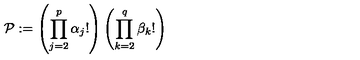
{ \mathcal { P } } : = \left( \prod _ { j = 2 } ^ { p } \alpha _ { j } ! \right) \left( \prod _ { k = 2 } ^ { q } \beta _ { k } ! \right)